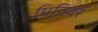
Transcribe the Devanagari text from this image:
मिनिवर